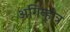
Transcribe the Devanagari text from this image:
अगिन्होत्र